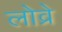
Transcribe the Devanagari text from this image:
लोव्रे